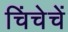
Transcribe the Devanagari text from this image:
चिंचेचें